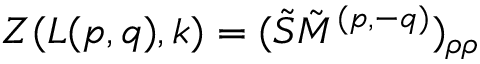
Z ( L ( p , q ) , k ) = ( \tilde { S } \tilde { M } ^ { ( p , - q ) } ) _ { \rho \rho }